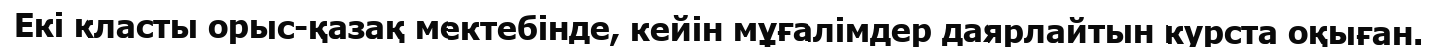
Екі класты орыс-қазақ мектебінде, кейін мұғалімдер даярлайтын курста оқыған.